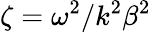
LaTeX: \zeta=\omega^{2}/k^{2}\beta^{2}